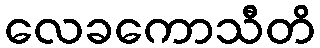
လေခကောသီတိ